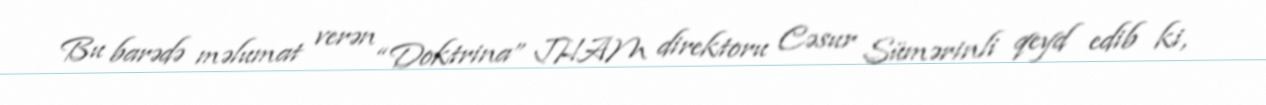
Bu barədə məlumat verən “Doktrina” JHAM direktoru Cəsur Sümərinli qeyd edib ki,